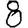
Digit: 8